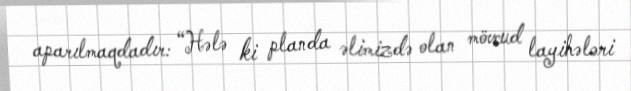
aparılmaqdadır: “Hələ ki planda əlimizdə olan mövcud layihələri